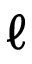
\ell